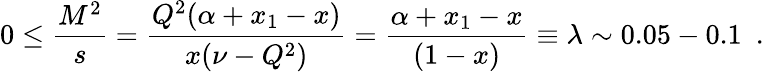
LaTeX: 0\leq{\frac{M^{2}}{s}}={\frac{Q^{2}(\alpha+x_{1}-x)}{x(\nu-Q^{2})}}={\frac{\alpha+x_{1}-x}{(1-x)}}\equiv\lambda\sim 0.05-0.1\ \ .